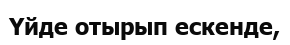
Үйде отырып ескенде,